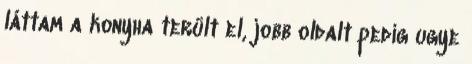
láttam a konyha terült el, jobb oldalt pedig ugye